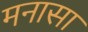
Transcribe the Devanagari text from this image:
मनासा